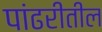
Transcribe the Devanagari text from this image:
पांढरीतील